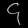
Digit: ၄